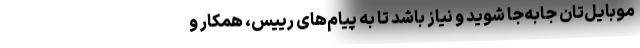
موبایل‌تان جابه‌جا شوید و نیاز باشد تا به پیام‌های رییس، همکار و